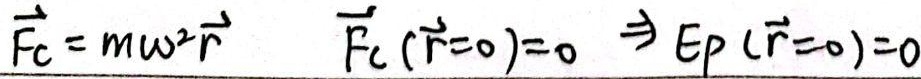
\(\vec{F}_c = m\omega^2\vec{r} \quad \vec{F}_c(\vec{r}=0)=0 \Rightarrow E_p(\vec{r}=0)=0\)